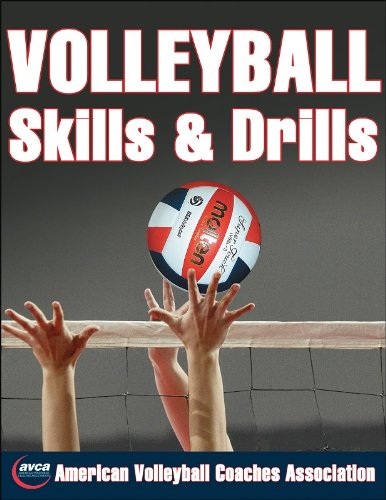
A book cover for Volleyball Skills & Drills; American Volleyball Coaches Association (AVCA); Sports & Outdoors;